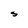
Character: S